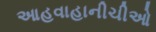
આહવાહાનીચીઓ